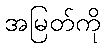
အမြတ်ကို